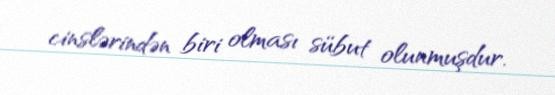
cinslərindən biri olması sübut olunmuşdur.